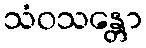
သံဝသန္တော